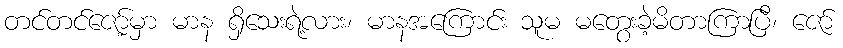
တင်တင်ဇော့်မှာ မာန ရှိသေးရဲ့လား၊ မာနအကြောင်း သူမ မတွေးခဲ့မိတာကြာပြီ၊ ဇော်